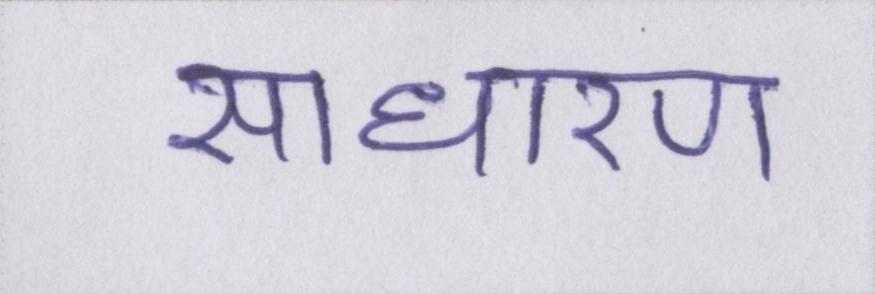
साधारण